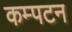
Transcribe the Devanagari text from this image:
कम्पटन